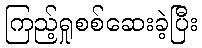
ကြည့်ရှုစစ်ဆေးခဲ့ပြီး